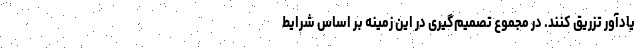
یادآور تزریق کنند. در مجموع تصمیم‌گیری در این زمینه بر اساس شرایط